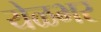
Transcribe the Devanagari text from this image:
येळभर